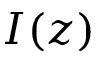
I ( z )